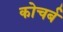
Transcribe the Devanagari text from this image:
कोचर्ब